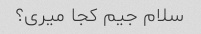
سلام جیم کجا میری؟